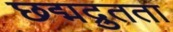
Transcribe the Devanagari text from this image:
छद्मद्रुतता